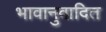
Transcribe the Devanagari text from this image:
भावानुवादित